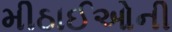
મીઠાઈઓની